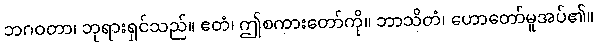
ဘဂဝတာ၊ ဘုရားရှင်သည်။ ဧတံ၊ ဤစကားတော်ကို။ ဘာသိတံ၊ ဟောတော်မူအပ်၏။